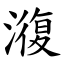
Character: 澓